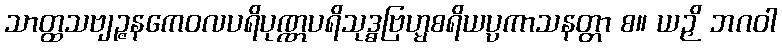
သာတ္ထသဗျဉ္ဇနကေဝလပရိပုဏ္ဏပရိသုဒ္ဓဗြဟ္မစရိယပ္ပကာသနတ္တာ စ။ ယဉှိ ဘဂဝါ